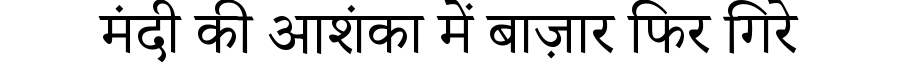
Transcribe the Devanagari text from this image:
मंदी की आशंका में बाज़ार फिर गिरे